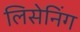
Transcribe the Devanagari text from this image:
लिसेनिंग